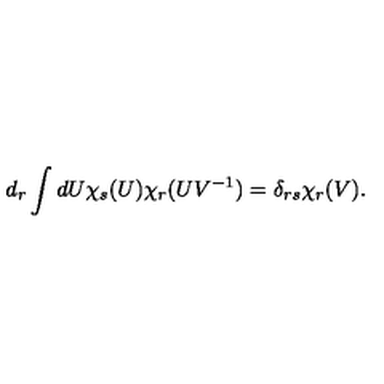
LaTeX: d _ { r } \int d U \chi _ { s } ( U ) \chi _ { r } ( U { V ^ { - 1 } } ) = \delta _ { r s } \chi _ { r } ( V ) .